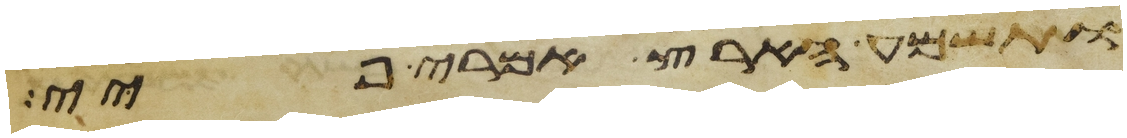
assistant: ותשמע הארץ אמרי פיי